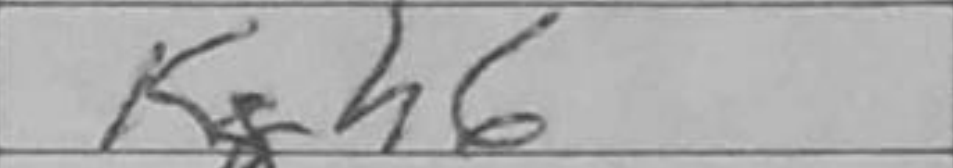
Transcription: Kh6